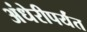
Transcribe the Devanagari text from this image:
अंधेरीपर्यंत